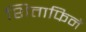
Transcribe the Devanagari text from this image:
शिताफिने